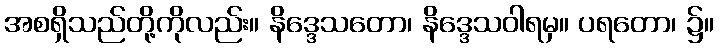
အစရှိသည်တို့ကိုလည်း။ နိဒ္ဒေသတော၊ နိဒ္ဒေသဝါရမှ။ ပရတော၊ ၌။